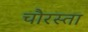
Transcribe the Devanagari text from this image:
चौरस्ता